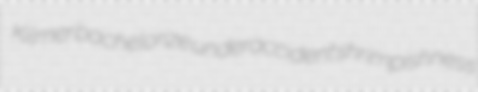
Kilmer bachelorize underaccident shrimpishness